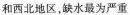
和西北地区，缺水最为严重